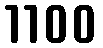
1100